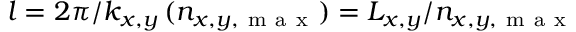
l = { 2 } \pi / k _ { x , y } \, ( n _ { x , y , \mathrm { ~ m ~ a ~ x ~ } } ) = L _ { x , y } / n _ { x , y , \mathrm { ~ m ~ a ~ x ~ } }